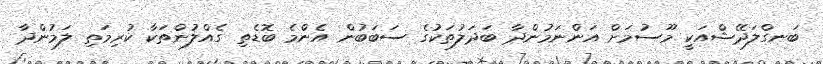
ބަނގްލަދޭޝްއަކީ މޫސުމަށް އަންނަމުންދާ ބަދަލުތަކުގެ ސަބަބުން އެންމެ ބޮޑެތި ގެއްލުންތަކާ ކުރިމަތި ލަމުންދާ